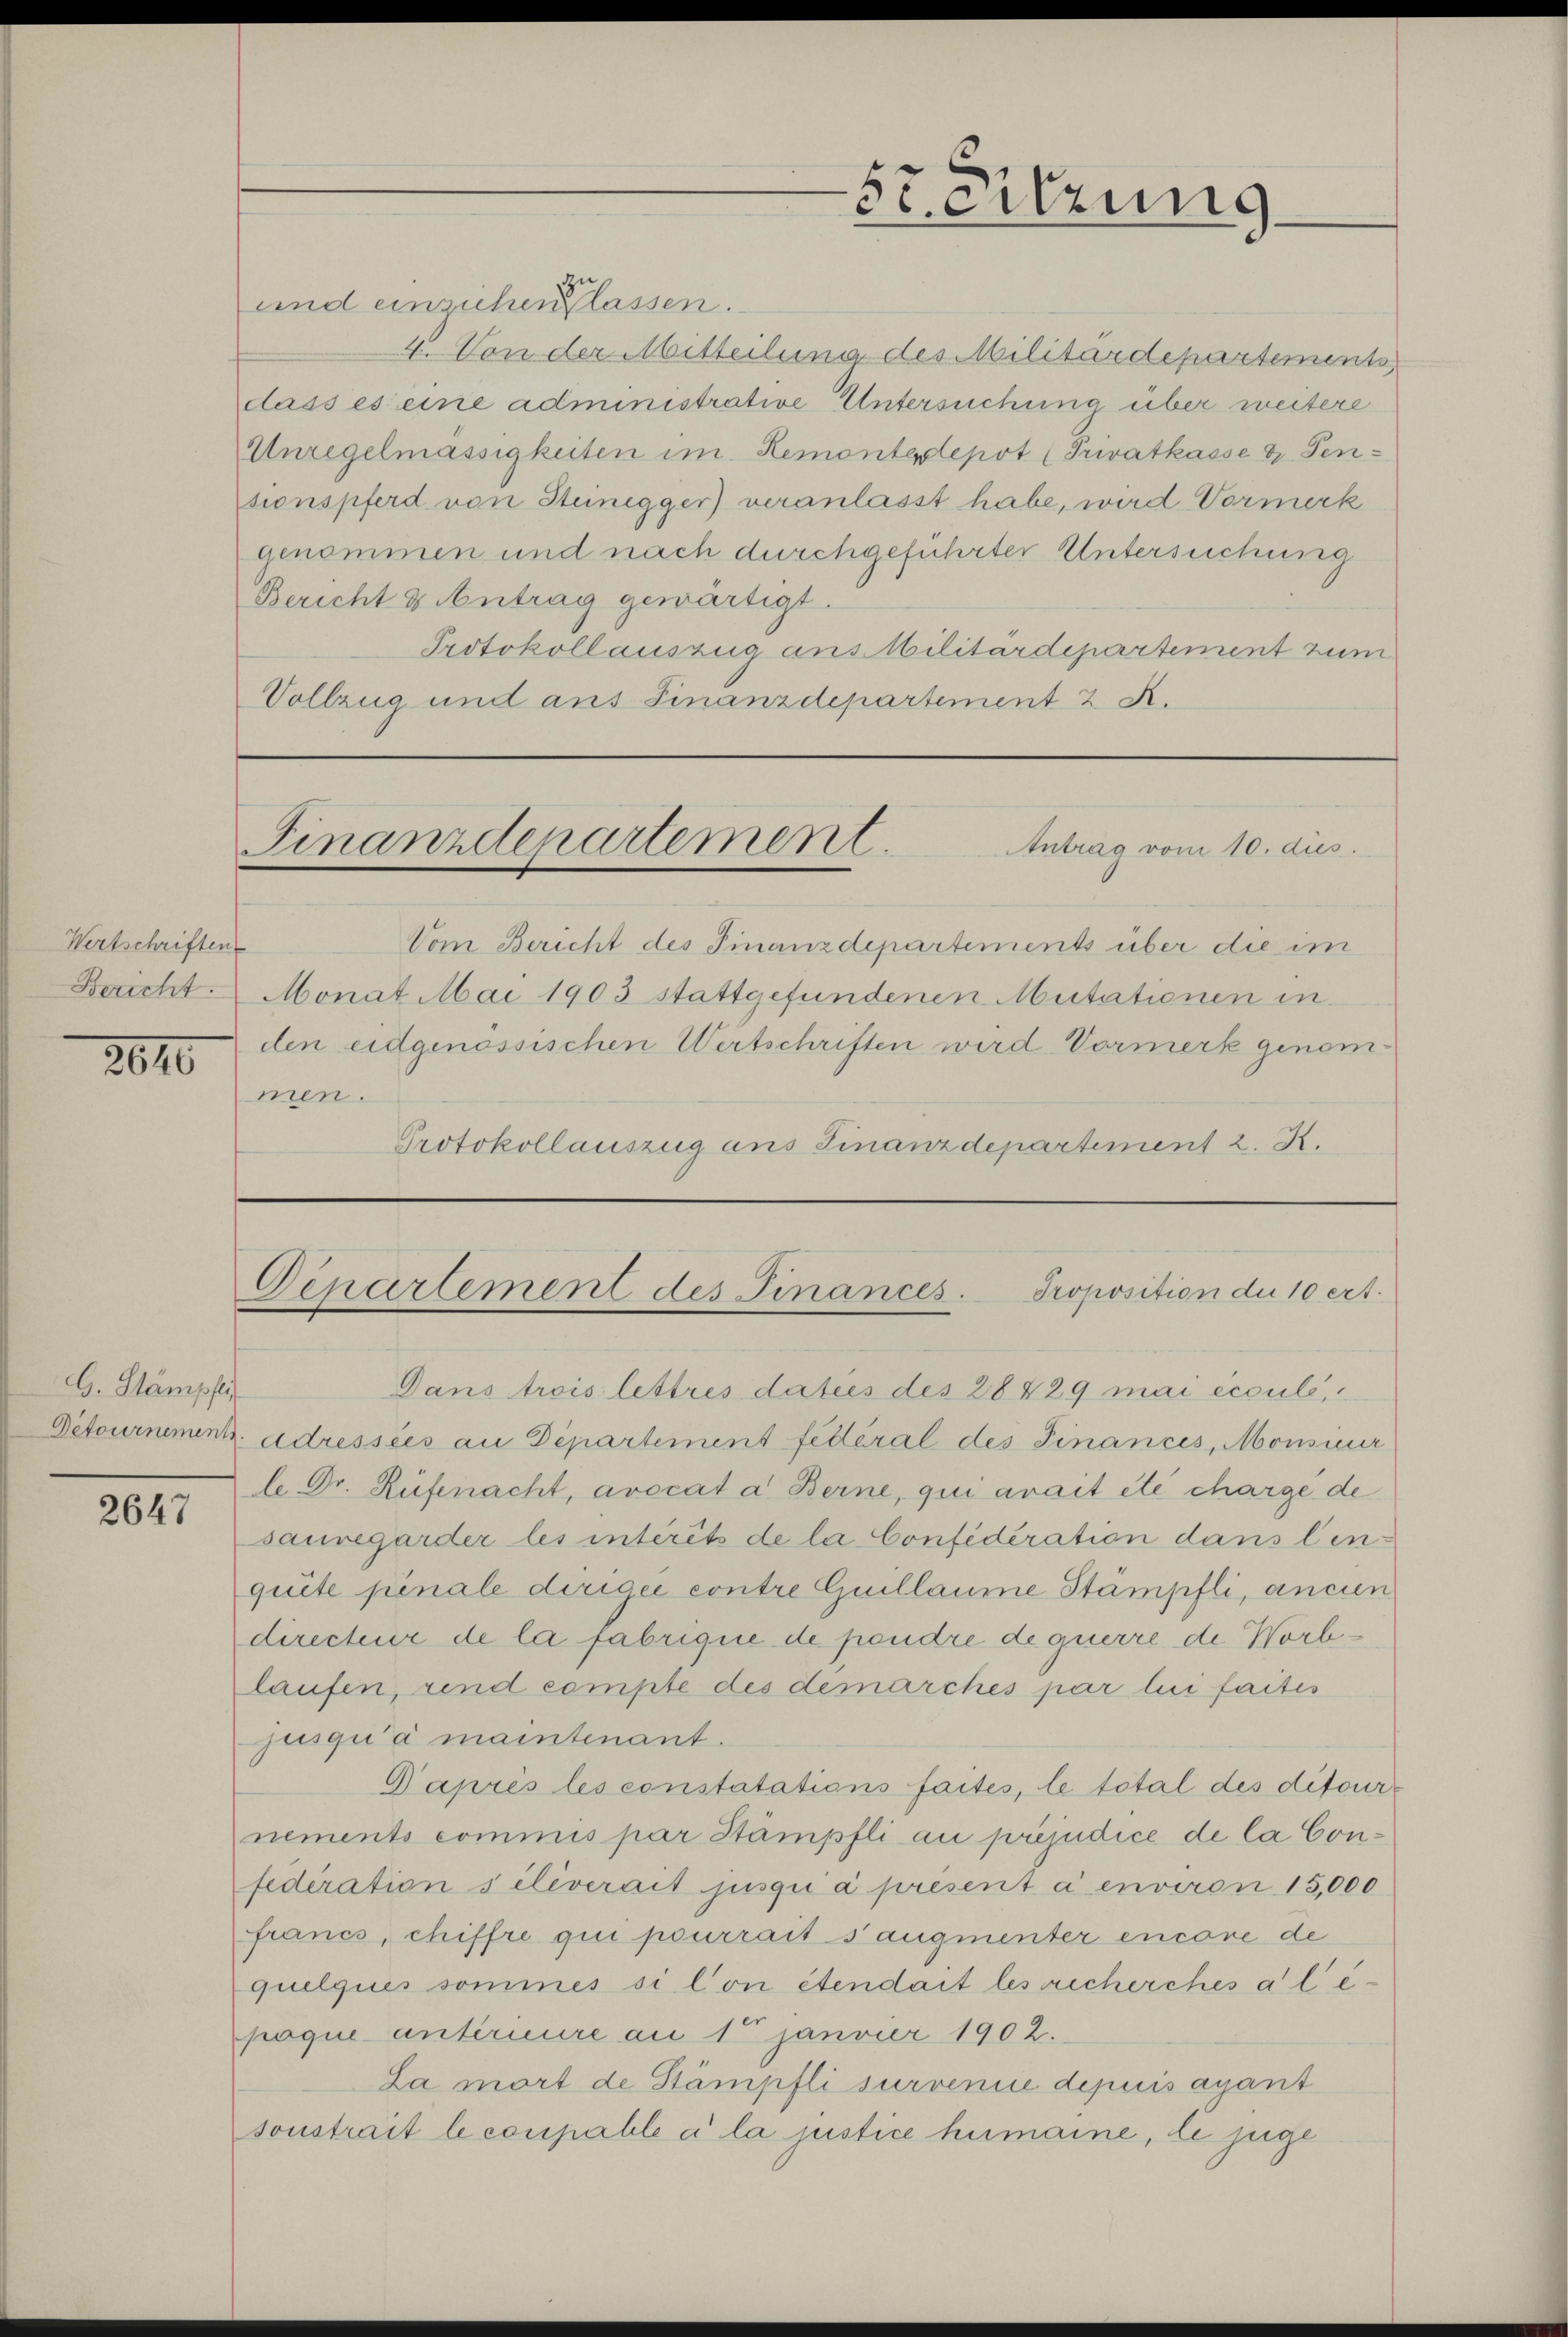
Wertschriften
Bericht.

2610

G. Stämpfe

2647

Steitzung

und einziehen lassen.
4. Von der Mitteilung des Militärdepartements
dass es eine administrative Untersuchung über weitere
Unregelmässigkeiten im Remontestepot (Privatkasse & Fensionspferd von Steinegger) veranlasst habe, wird Vormerk
genommen und nach durchgeführter Untersuchung
Bericht & Antrag gewärtigt.
Protokoll auszug aus Militärdepartement zum
Vollzug und aus Finanzdepartement 2. A.

Finanzdepartement.
Antrag vom 10. dies

Genartement des Finances. Proposition die 10 ert.

Vom Bericht des Finanzdepartements über die im
Monat Mai 1903 stattgefundenen Mutationen in
den eidgenössischen Wertschriften wird Vormerk genommen.
Protokollauszug aus Finanzdepartement 2. K.

Dans trois lettres daties des 28429 mai écoulé,
Petournement adressées an Departement fédéral des Finances, Monsieur
le Dr. Rüfenacht, avocat a. Berne, qui avait été charge de
sauregarder les intérêts de la Confederation dans lenquite penale dirigée contre Guillaume Stämpfli, ancien
directur de la fabrique de pendre de querre de Worblaufen, rend compte des demarches par lui faites
jusqua maintenant.
Baprès les constatations faites, le total des ditournements commis par Stämpfli au préjudice de la Confederation s’élèverait jusqui a présent a environ 15,000
francs, chiffre qui pourrait saugmenter encore de
quelques sommes si l’on étendait les recherches ale-
paque antérieure an 1 Janvier 1902.
La mort de Stämpfli survenie depuisagant
sonstrait le coupable à la justice humaine, de juge